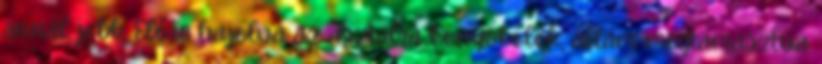
annál jobb. Előre hajolva az asztalra könyökölök, állam megtámasztva